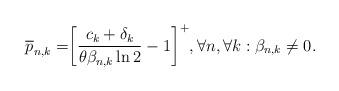
LaTeX: \begin{align*}\overline{p}_{n,k} =& { \left[ \frac{ c_k+\delta_k } { \theta \beta_{n,k} \ln2 } -1 \right] }^+, \forall n, \forall k: \beta_{n,k} \neq 0.\end{align*}